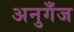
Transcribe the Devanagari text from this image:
अनुगँज